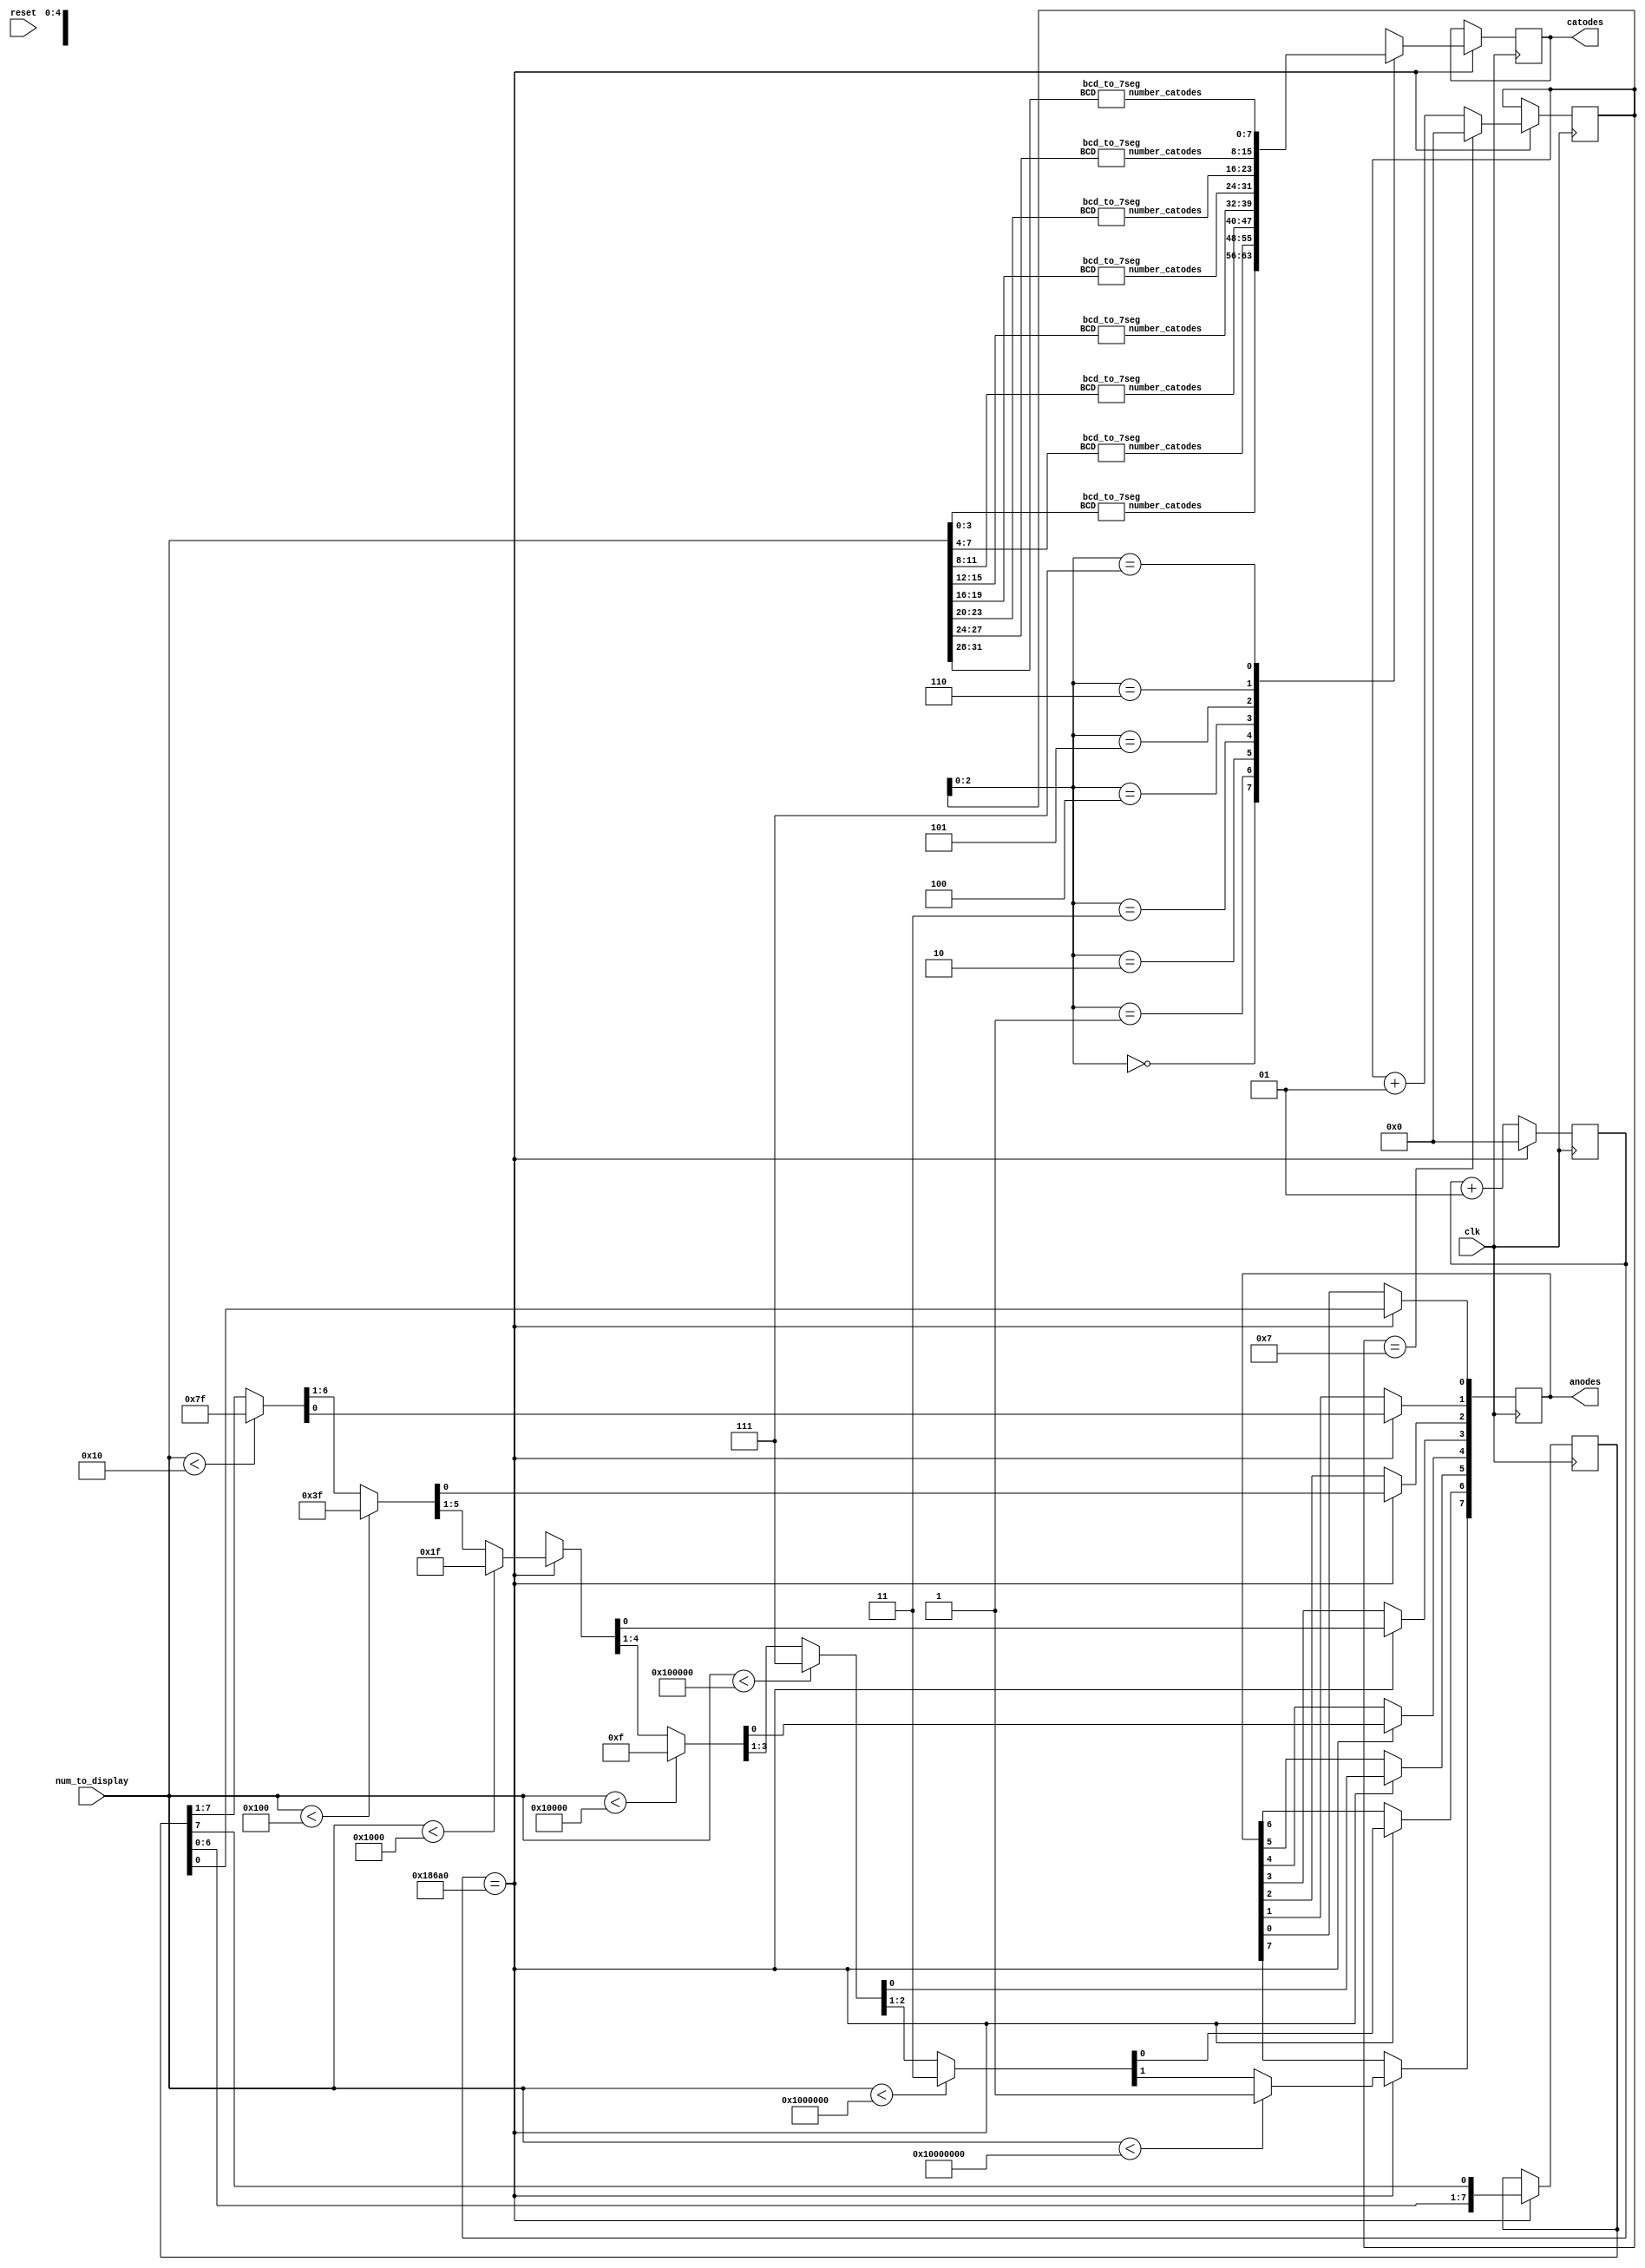
/*
    Created by Jorge Munoz Taylor
    A53863
    Project 7
    Digital circuit laboratory I
    II-2020
*/


// Max number that can be displayed on the 7 segment displays.
`define MAX_NUM_TO_DISPLAY 32'b1111_1111_1111_1111_1111_1111_1111_1111 

// Delay for refresh the 7 segment displays.
`define LIMIT 100000


/*
    7 segment Hexadecimal.
*/
module seven_segment_hex 
(
    input clk,                  // Main clock of the circuit.
    input [31:0] num_to_display,// 32 bit number that will show on the displays.
    input reset,                // Reset the circuit to 0's.

    output reg [7:0] catodes,   // 7 segment code of digit for the display.
    output reg [7:0] anodes     // Select display that turn on.
);
    
    wire    [7:0]  number_catodes [7:0]; // Wire used to connect the output catodes with the correct code.
    integer        num_counter        = 0; // Counter used to activate every display, one by one.
    integer        catodes_to_display = 0; // Store the code of the catodes that will be ON.
    reg     [7:0]  an_init            = 8'b1111_1110; // Initial anode value to display.


    always @(posedge clk)
    begin

        if ( num_counter == `LIMIT )
        begin
           
            // Assign the correct code of the digit and anode to show.
            catodes = number_catodes[ catodes_to_display ];
            anodes  = an_init;

            // If the number to show need less displays turn them off.
            if ( num_to_display < 16)  anodes [7:1] = 7'b1111111;
            if ( num_to_display < 256) anodes [7:2] = 6'b111111;
            if ( num_to_display < 4096) anodes [7:3] = 5'b11111;
            if ( num_to_display < 65536) anodes [7:4] = 4'b1111;
            if ( num_to_display < 1048576) anodes [7:5] = 3'b111;
            if ( num_to_display < 16777216) anodes [7:6] = 2'b11;
            if ( num_to_display < 268435456) anodes [7] = 1'b1;

            // Circular left shift.
            an_init = { an_init [6:0] , an_init [7] };

            // If the catodes_to_display is 7 assign 0 to it.
            if ( catodes_to_display == 7 ) catodes_to_display = 0; 
            else                           catodes_to_display = catodes_to_display+1;
            
            // Re-init the num_counter (delay).
            num_counter = 0;

        end

        else num_counter = num_counter+1;

    end


    // Here the BCD stream is traduce to a stream of 7-segment codes.
    bcd_to_7seg DISPLAY_7 ( .BCD ( num_to_display [31:28] ), .number_catodes ( number_catodes[7] ) );
    bcd_to_7seg DISPLAY_6 ( .BCD ( num_to_display [27:24] ), .number_catodes ( number_catodes[6] ) );
    bcd_to_7seg DISPLAY_5 ( .BCD ( num_to_display [23:20] ), .number_catodes ( number_catodes[5] ) );
    bcd_to_7seg DISPLAY_4 ( .BCD ( num_to_display [19:16] ), .number_catodes ( number_catodes[4] ) );
    bcd_to_7seg DISPLAY_3 ( .BCD ( num_to_display [15:12] ), .number_catodes ( number_catodes[3] ) );
    bcd_to_7seg DISPLAY_2 ( .BCD ( num_to_display [11:8]  ), .number_catodes ( number_catodes[2] ) );
    bcd_to_7seg DISPLAY_1 ( .BCD ( num_to_display [7:4]   ), .number_catodes ( number_catodes[1] ) );
    bcd_to_7seg DISPLAY_0 ( .BCD ( num_to_display [3:0]   ), .number_catodes ( number_catodes[0] ) );

endmodule



/*
    Convert a BCD number to a 7-segment one.
*/
module bcd_to_7seg
(
    input  [3:0] BCD,               // BCD number that will be converted to a 7-segment one.
    output reg [7:0] number_catodes // Return catodes value
);

    // Return the 7-segment code of a digit from 0 to F.
    always @(BCD)
        case( BCD )      
            4'b0000: number_catodes = 8'b1100_0000; // C0 
            4'b0001: number_catodes = 8'b1111_1001; // F9
            4'b0010: number_catodes = 8'b1010_0100; // A4
            4'b0011: number_catodes = 8'b1011_0000; // 70
            4'b0100: number_catodes = 8'b1001_1001; // 99
            4'b0101: number_catodes = 8'b1001_0010; // 92
            4'b0110: number_catodes = 8'b1000_0010; // 82
            4'b0111: number_catodes = 8'b1111_1000; // F8
            4'b1000: number_catodes = 8'b1000_0000; // 80
            4'b1001: number_catodes = 8'b1001_0000; // 90

            // For Hex numbers
            4'b1010: number_catodes = 8'b1000_1000; // 10
            4'b1011: number_catodes = 8'b1000_0011; // 11
            4'b1100: number_catodes = 8'b1100_0110; // 12 
            4'b1101: number_catodes = 8'b1010_0001; // 13
            4'b1110: number_catodes = 8'b1000_0110; // 14
            4'b1111: number_catodes = 8'b1000_1110; // 15
            default: number_catodes = 8'b1000_0000; // 80         
        endcase      
        
endmodule